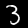
Digit: 3